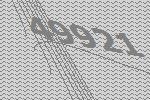
49921